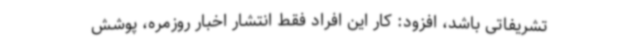
تشریفاتی باشد، افزود: کار این افراد فقط انتشار اخبار روزمره، پوشش